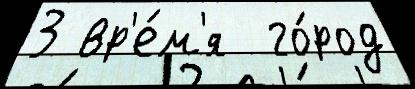
3 вр'е́м'я  го́род